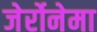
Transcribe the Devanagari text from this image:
जेर्रोनेमा